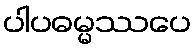
ပါပဓမ္မဿပေ